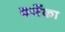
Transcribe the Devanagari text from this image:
दर्जेका